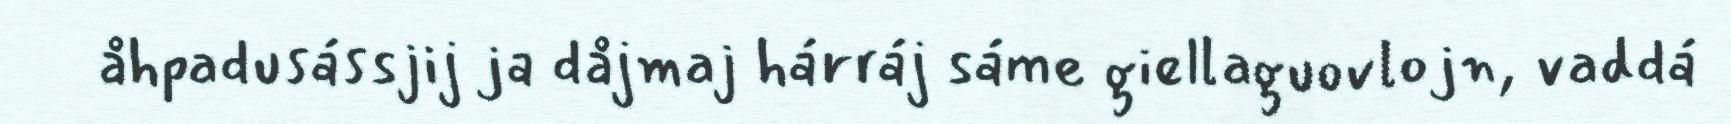
åhpadusássjij ja dåjmaj hárráj sáme giellaguovlojn, vaddá